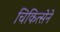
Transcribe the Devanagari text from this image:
चिकित्सेने